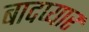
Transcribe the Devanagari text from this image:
बादप्यार